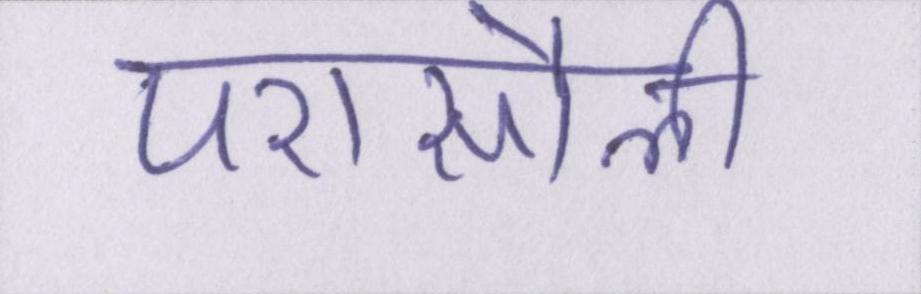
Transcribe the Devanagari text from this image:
परासौली